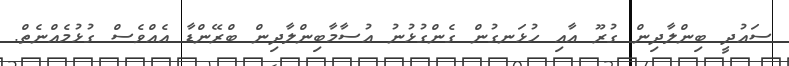
ސައުދީ ބިންލާދިން ގުރޫ އާއި ހުޅަނގުން ގެންގުޅުނު އުސާމާބިންލާދިން ބްރޭންޑާ އެއްވެސް ގުޅުމެއްނެތް.